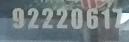
92220617